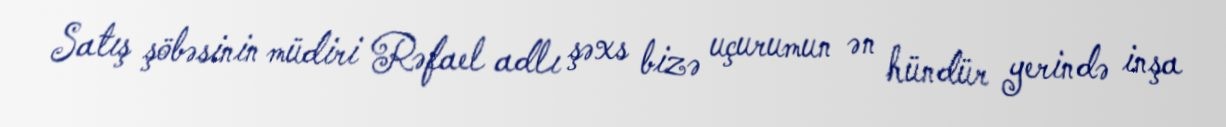
Satış şöbəsinin müdiri Rəfael adlı şəxs bizə uçurumun ən hündür yerində inşa